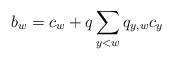
LaTeX: \begin{align*}b_{w} = c_{w} + q\sum_{y < w} q_{y,w}c_{y}\end{align*}